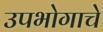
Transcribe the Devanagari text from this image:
उपभोगाचे